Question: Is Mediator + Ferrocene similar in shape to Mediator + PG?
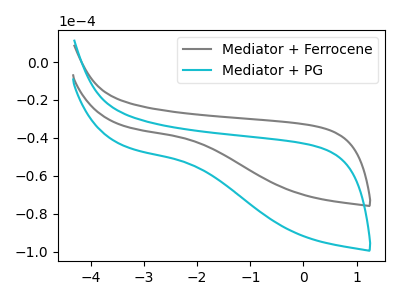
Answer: <think>The gray curve "Mediator + Ferrocene" has no peaks. The cyan curve "Mediator + PG" has no peaks.
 Neither "Mediator + Ferrocene" or "Mediator + PG" have any peaks.</think>
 <answer>"Mediator + Ferrocene" and "Mediator + PG" are similar in shape.</answer>
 <eval>same_shape</eval>